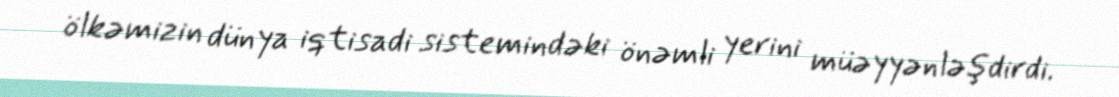
ölkəmizin dünya iqtisadi sistemindəki önəmli yerini müəyyənləşdirdi.